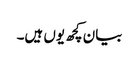
بیان کچھ یوں ہیں۔